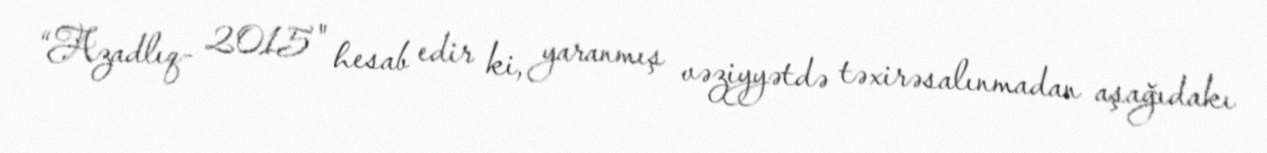
“Azadlıq- 2015" hesab edir ki, yaranmış vəziyyətdə təxirəsalınmadan aşağıdakı